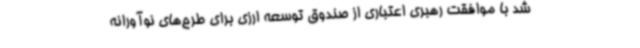
شد با موافقت رهبری اعتباری از صندوق توسعه ارزی برای طرح‌های نوآورانه